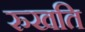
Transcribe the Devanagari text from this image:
रुखति